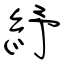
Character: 紓